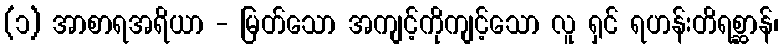
(၁) အာစာရအရိယာ - မြတ်သော အကျင့်ကိုကျင့်သော လူ ရှင် ရဟန်းတိရစ္ဆာန်၊